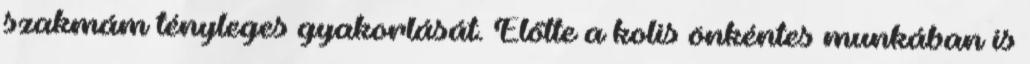
szakmám tényleges gyakorlását. Előtte a kolis önkéntes munkában is